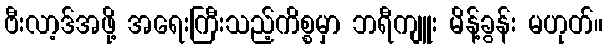
ဗီးလာ့ဒ်အဖို့ အရေးကြီးသည့်ကိစ္စမှာ ဘရီကျူး မိန့်ခွန်း မဟုတ်။